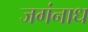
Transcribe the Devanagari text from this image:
जगंनाध